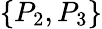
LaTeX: \{ P_{2},P_{3}\}